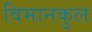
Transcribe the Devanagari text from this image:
विमानकुल